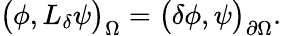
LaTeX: \big(\phi,L_{\delta}\psi\big)_{\Omega}=\big(\delta\phi,\psi\big)_{\partial{\Omega}}.